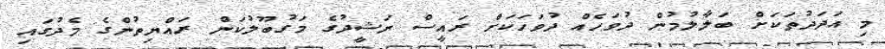
މި އަދަދުތަކަށް ބަލާލުމުން ދުވަހެއް ދުވަހަކަށް ރައީސް ނަޝީދުގެ މަގުބޫލުކަން ރައްޔިތުންގެ މެދުގައި